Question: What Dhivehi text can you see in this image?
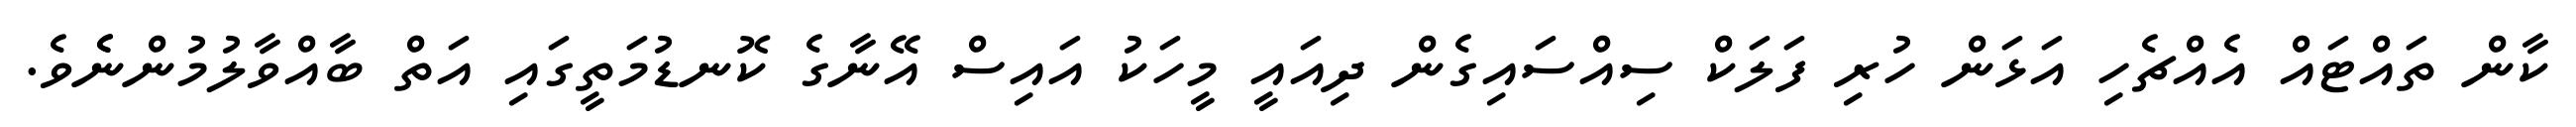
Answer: ކާން ތައްޓައް އެއްޗެހި އަޅަން ހުރި ފަލަކް ސިއްސައިގެން ދިއައީ މީހަކު އައިސް އޭނާގެ ކޮނޑުމަތީގައި އަތް ބާއްވާލުމުންނެެވެ.